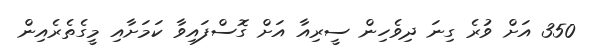
350 އަށް ވުރެ ގިނަ ދިވެހިން ސީރިއާ އަށް ގޮސްފައިވާ ކަމަށާއި މީގެތެރެއިން